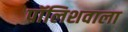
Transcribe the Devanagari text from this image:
पॉलिशवाला